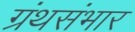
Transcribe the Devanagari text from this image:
ग्रंथसंभार